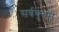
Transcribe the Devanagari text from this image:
सर्वयुगम